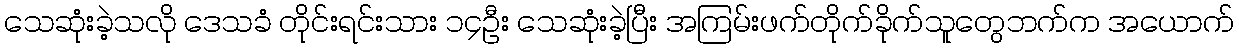
သေဆုံးခဲ့သလို ဒေသခံ တိုင်းရင်းသား ၁၄ဦး သေဆုံးခဲ့ပြီး အကြမ်းဖက်တိုက်ခိုက်သူတွေဘက်က အယောက်